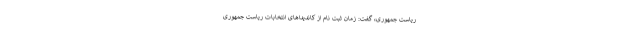
ریاست جمهوری، گفت: زمان ثبت نام از کاندیدا‌های انتخابات ریاست جمهوری